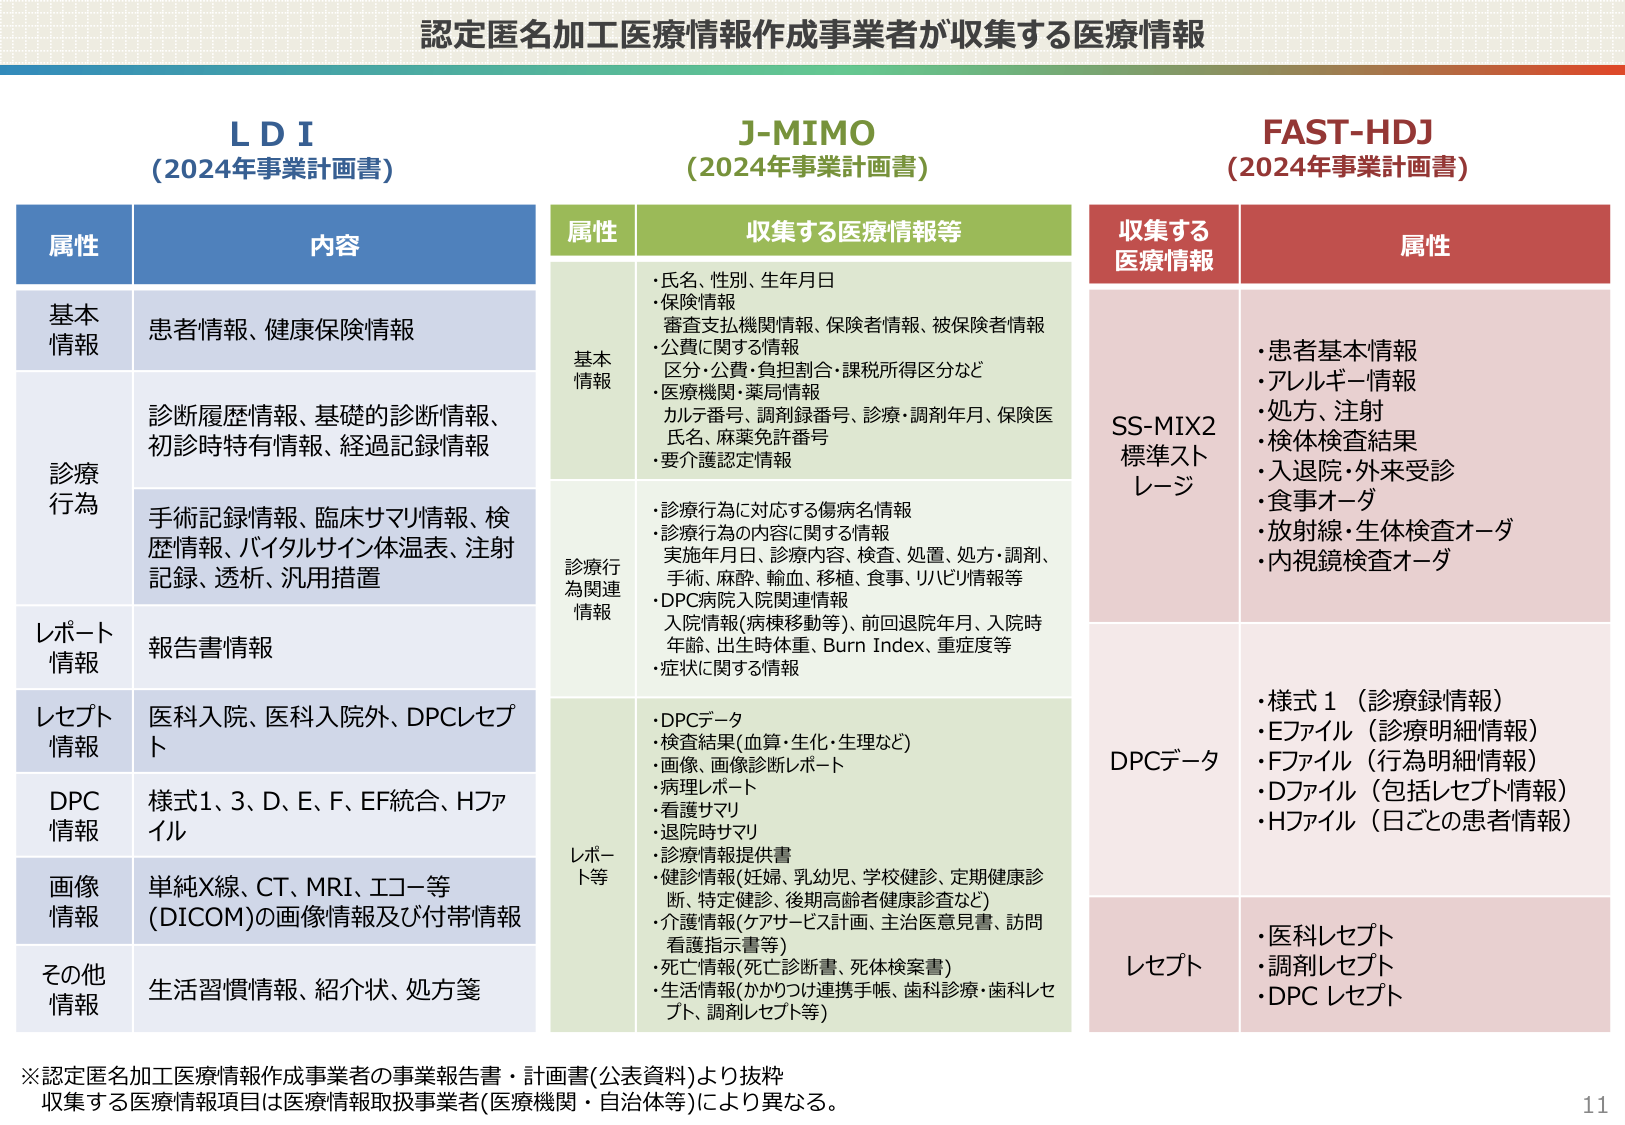
認定匿名加工医療情報作成事業者が収集する医療情報

LDI
(2024年事業計画書)

属性　内容
基本情報　患者情報、健康保険情報
診療行為　診断履歴情報、基礎的診断情報、初診時特有情報、経過記録情報
　　　　　手術記録情報、臨床サマリ情報、検歴情報、バイタルサイン体表、注射記録、透析、汎用措置
レポート情報　報告書情報
レセプト情報　医科入院、医科入院外、DPCレセプト
DPC情報　様式1、3、D、E、F、EF統合、Hファイル
画像情報　単純X線、CT、MRI、エコー等 (DICOM)の画像情報及び付帯情報
その他情報　生活習慣情報、紹介状、処方箋

J-MIMO
(2024年事業計画書)

属性　収集する医療情報等
基本情報　・氏名、性別、生年月日
　　　　　・保険情報
　　　　　　審査支払機関情報、保険者情報、被保険者情報
　　　　　・公費に関する情報
　　　　　　区分・公費・負担割合・課税所得区分など
　　　　　・医療機関・薬局情報
　　　　　　カルテ番号、調剤録番号、診療・調剤年月、保険医氏名、麻薬免許番号
　　　　　・要介護認定情報
診療行為関連情報　・診療行為に対応する傷病名情報
　　　　　　　　　・診療行為の内容に関する情報
　　　　　　　　　　実施年月日、診療内容、検査、処置、処方・調剤、手術、麻酔、輸血、移植、食事、リハビリ情報等
　　　　　　　　　・DPC病院入院関連情報
　　　　　　　　　　入院情報(病棟移動等)、前回退院年月、入院時年齢、出生時体重、Burn Index、重症度等
　　　　　　　　　・症状に関する情報
レポート等　・DPCデータ
　　　　　・検査結果(血算・生化・生理など)
　　　　　・画像、画像診断レポート
　　　　　・病理レポート
　　　　　・看護サマリ
　　　　　・退院時サマリ
　　　　　・診療情報提供書
　　　　　・健診情報(妊婦、乳幼児、学校健診、定期健康診断、特定健診、後期高齢者健康診査など)
　　　　　・介護情報(ケアサービス計画、主治医意見書、訪問看護指示書等)
　　　　　・死亡情報(死亡診断書、死体検案書)
　　　　　・生活情報(かかりつけ連携手帳、歯科診療・歯科レセプト、調剤レセプト等)

FAST-HDJ
(2024年事業計画書)

収集する医療情報　属性
SS-MIX2標準ストレージ　・患者基本情報
　　　　　　　　　　　・アレルギー情報
　　　　　　　　　　　・処方、注射
　　　　　　　　　　　・検体検査結果
　　　　　　　　　　　・入退院・外来受診
　　　　　　　　　　　・食事オーダ
　　　　　　　　　　　・放射線・生体検査オーダ
　　　　　　　　　　　・内視鏡検査オーダ
DPCデータ　・様式1（診療録情報）
　　　　　・Eファイル（診療明細情報）
　　　　　・Fファイル（行為明細情報）
　　　　　・Dファイル（包括レセプト情報）
　　　　　・Hファイル（日ごとの患者情報）
レセプト　・医科レセプト
　　　　・調剤レセプト
　　　　・DPCレセプト

※認定匿名加工医療情報作成事業者の事業報告書・計画書(公表資料)より抜粋
収集する医療情報項目は医療情報取扱事業者(医療機関・自治体等)により異なる。
11